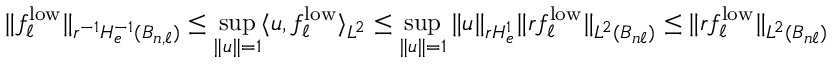
\| f _ { \ell } ^ { \mathrm { l o w } } \| _ { r ^ { - 1 } H _ { e } ^ { - 1 } ( B _ { n , \ell } ) } \leq \operatorname* { s u p } _ { \| u \| = 1 } \langle u , f _ { \ell } ^ { \mathrm { l o w } } \rangle _ { L ^ { 2 } } \leq \operatorname* { s u p } _ { \| u \| = 1 } \| u \| _ { r H _ { e } ^ { 1 } } \| r f _ { \ell } ^ { \mathrm { l o w } } \| _ { L ^ { 2 } ( B _ { n \ell } ) } \leq \| r f _ { \ell } ^ { \mathrm { l o w } } \| _ { L ^ { 2 } ( B _ { n \ell } ) }